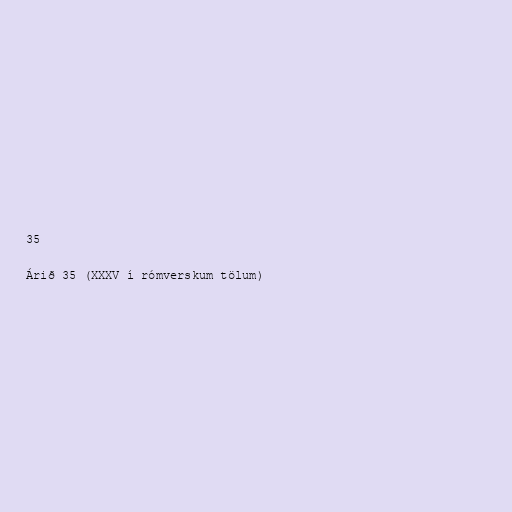
35

Árið 35 (XXXV í rómverskum tölum)